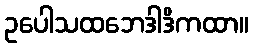
ဥပေါသထဘေဒါဒိကထာ။